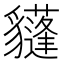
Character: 𧴟